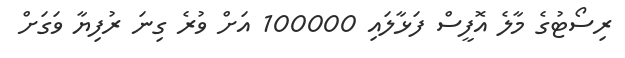
ރިސޯޓުގެ މާލެ އޮފީސް ފަޅާލައި 100000 އަށް ވުރެ ގިނަ ރުފިޔާ ވަގަށް